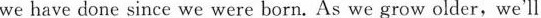
we have done since we were bron.As we grow older,we'll